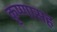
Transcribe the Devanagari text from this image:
कृष्णासह